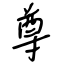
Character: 尊